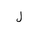
Letter: _lam